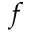
f